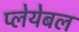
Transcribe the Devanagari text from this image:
प्लेयेबल